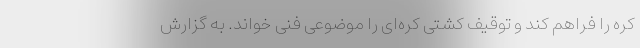
کره‌ را فراهم کند و توقیف کشتی کره‌ای را موضوعی فنی خواند. به گزارش